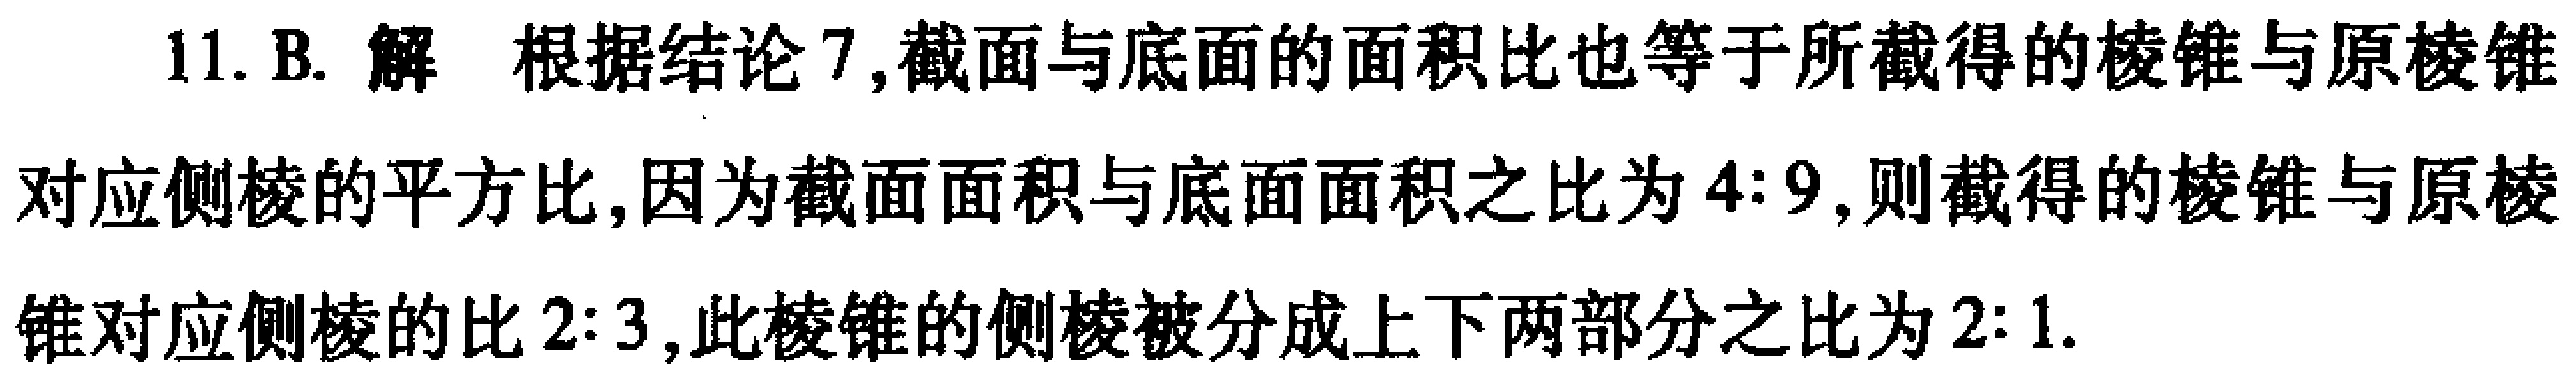
11. B. 解 根据结论7,截面与底面的面积比也等于所截得的棱锥与原棱锥
对应侧棱的平方比,因为截面面积与底面面积之比为 \(4:9\),则截得的棱锥与原棱
锥对应侧棱的比 \(2:3\),此棱锥的侧棱被分成上下两部分之比为 \(2:1\).